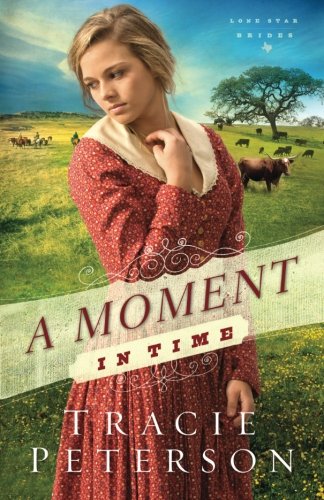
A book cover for A Moment in Time (Lone Star Brides) (Volume 2); Tracie Peterson; Literature & Fiction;